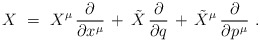
\begin{align*} X~=~X^\mu \, \frac{\partial}{\partial x^\mu} \, + \, \tilde{X} \, \frac{\partial}{\partial q} \, + \, \tilde{X}^\mu \, \frac{\partial}{\partial p\>\!^\mu}~. \end{align*}